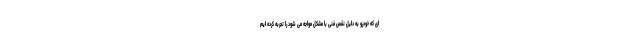
ای که خودرو به دلیل نقص فنی با مشکل مواجه می شود را تجربه کرده ایم